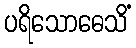
ပရိသောဓေသိံ